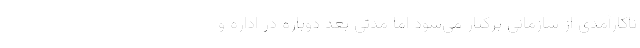
ناکارآمدی از سازمانی برکنار می‌شود اما مدتی بعد دوباره در اداره و